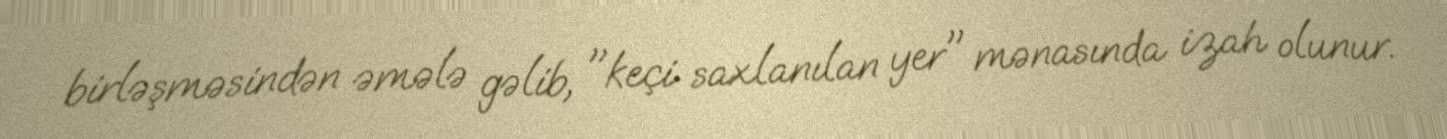
birləşməsindən əmələ gəlib, "keçi saxlanılan yer" mənasında izah olunur.